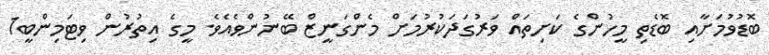
ބޮޑުވުމަށާއި ބޮޑެތި މީހުންގެ ކަށިތައް ވަރުގަދަކުރުމަށް މެންގަނީޒް ބޭނުންވެއެވެ. މީގެ އިތުރުން ވިޓަމިންބީ1